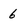
Character: 6